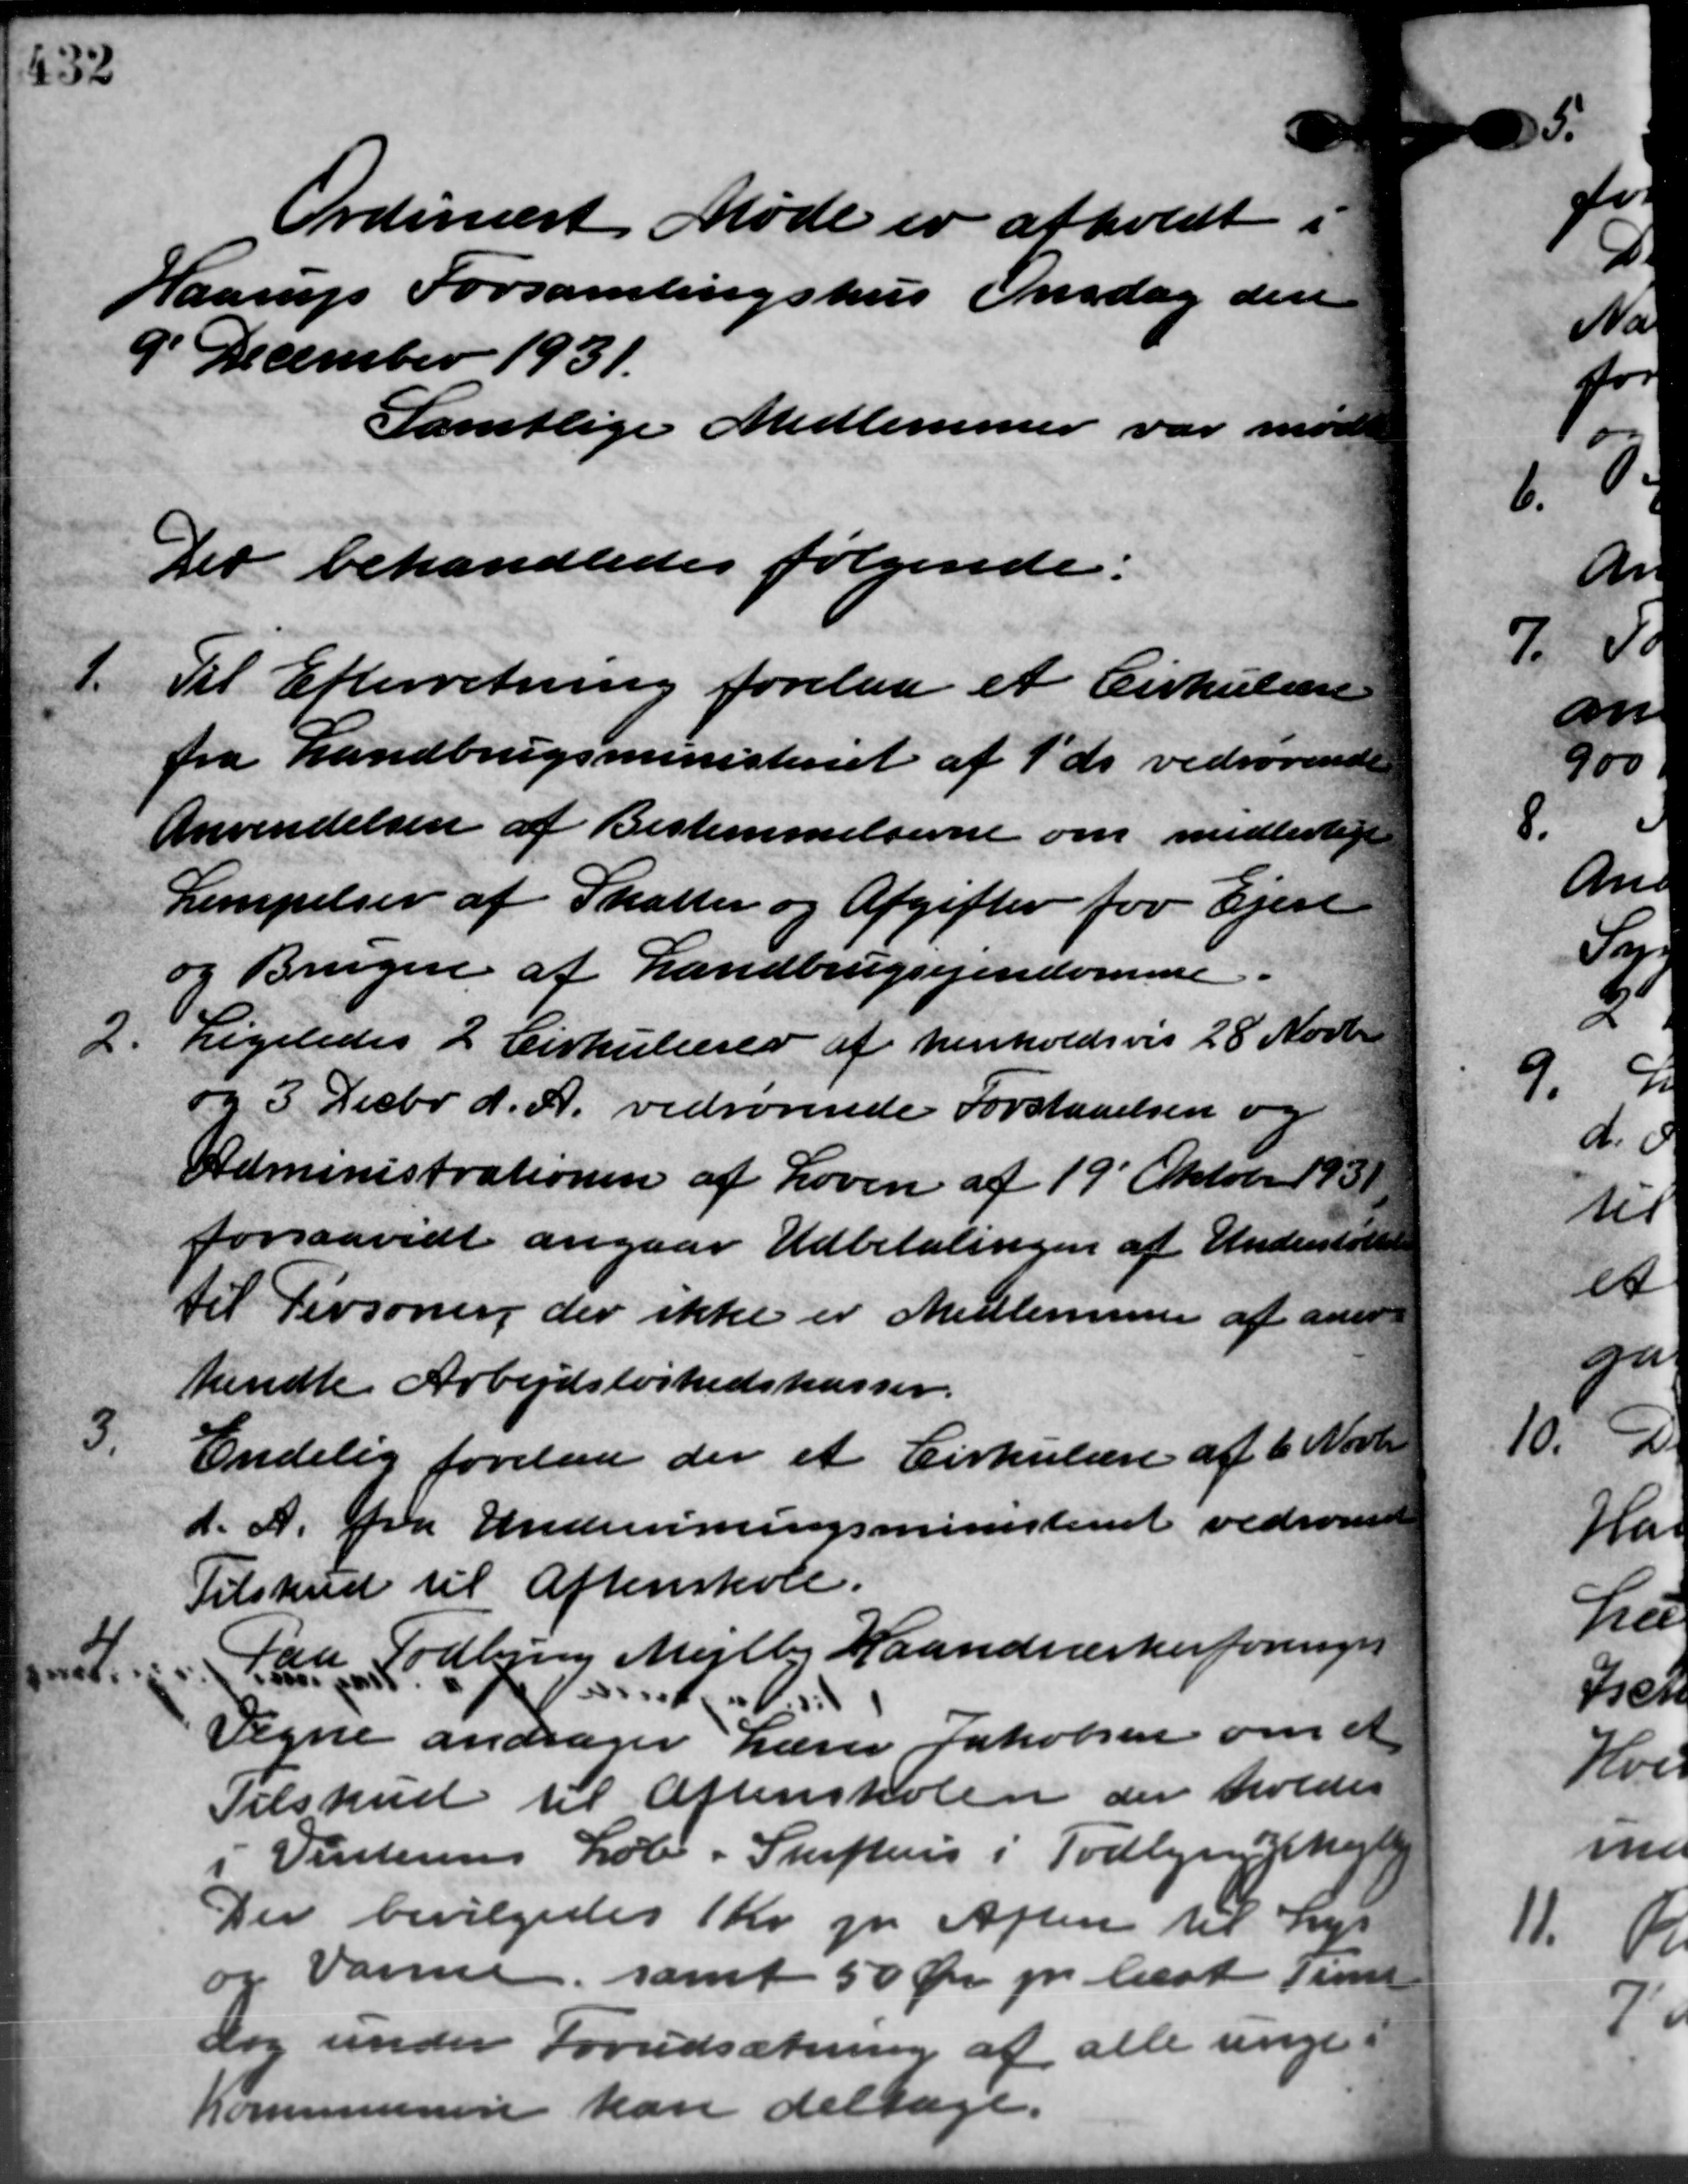
Transskription:
Ordinært Møde er afholdt i
Haarup Forsamlingshus Onsdag den
9' December 1931.
Samtlige Medlemmer var mødt
Der behandledes følgende:
1.
Til Efterretning forelaa et Cirkulære
fra Landbrugsministeriet af 1´ ds vedrørende
Anvendelsen af Bestemmelserne om midlertige
Lempelser af Skatter og Afgifter for Ejen
og Brugere af Landbrugsejendomme.
2. Ligeledes 2 Cirkulærer af henholdsvis 28 Novbr.
2. Ligeledes 2 Cirkulærer af henholdsvis 28 Novbr.
og 3 Decbr. d. A. vedrørende Forstaaelsen og
Administrationen af Loven af 19´Oktober 193
forsaavidt angaar Udbetalingen af Understøttelse
til Personing der ikke er Medlemmer af aner
kendte Arbejdsløshedskasser.
3.
Endelig forelaa der et Cirkulære af 6 Novbr.
d. A. fra Undervisningsministeriet vedrørende
Tilskud til Aftenskole.
d.
Paa Todbjerg Mejlby Haandværkerforeninger
Vegne andrager Lærer Jakobsen om et
Tilskud til Aftenskolen der holdes
i Vinterens Løb i Skifters i Todbjerg Mejlby
Der bevilgedes 1 Kr. pr. Aften til Lyk
og Varme, samt 50 Øre pr. læst Time
dog under Forudsætning af alle unge
Kommunen kan deltage.